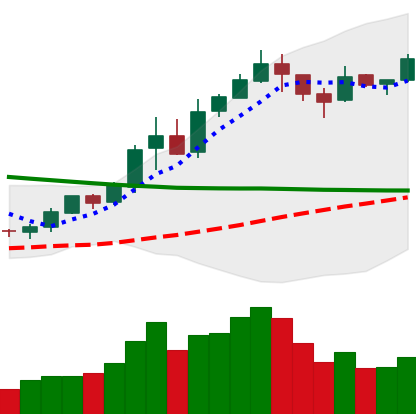
Ticker: BNB-USD
Chart end date: 2019-02-18
Forward return: 11.909%
Label: up_7plus